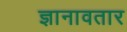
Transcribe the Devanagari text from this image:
ज्ञानावतार